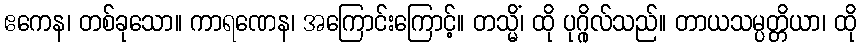
ဧကေန၊ တစ်ခုသော။ ကာရဏေန၊ အကြောင်းကြောင့်။ တသ္မိံ၊ ထို ပုဂ္ဂိုလ်သည်။ တာယသမ္ပတ္တိယာ၊ ထို